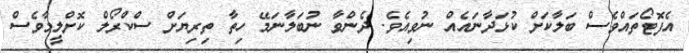
އެފޮޓޯތައްވެސް ބަލާކަށް ކުޅަދާނައެއް ނުވިއެވެ. ދެންވާ ނުބަލާނަމޭ ހިތާ ތިރިޔަށް ސްކްރޯލް ކޮށްލީމާވެސް